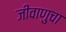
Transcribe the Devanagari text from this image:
जीवाणुचा